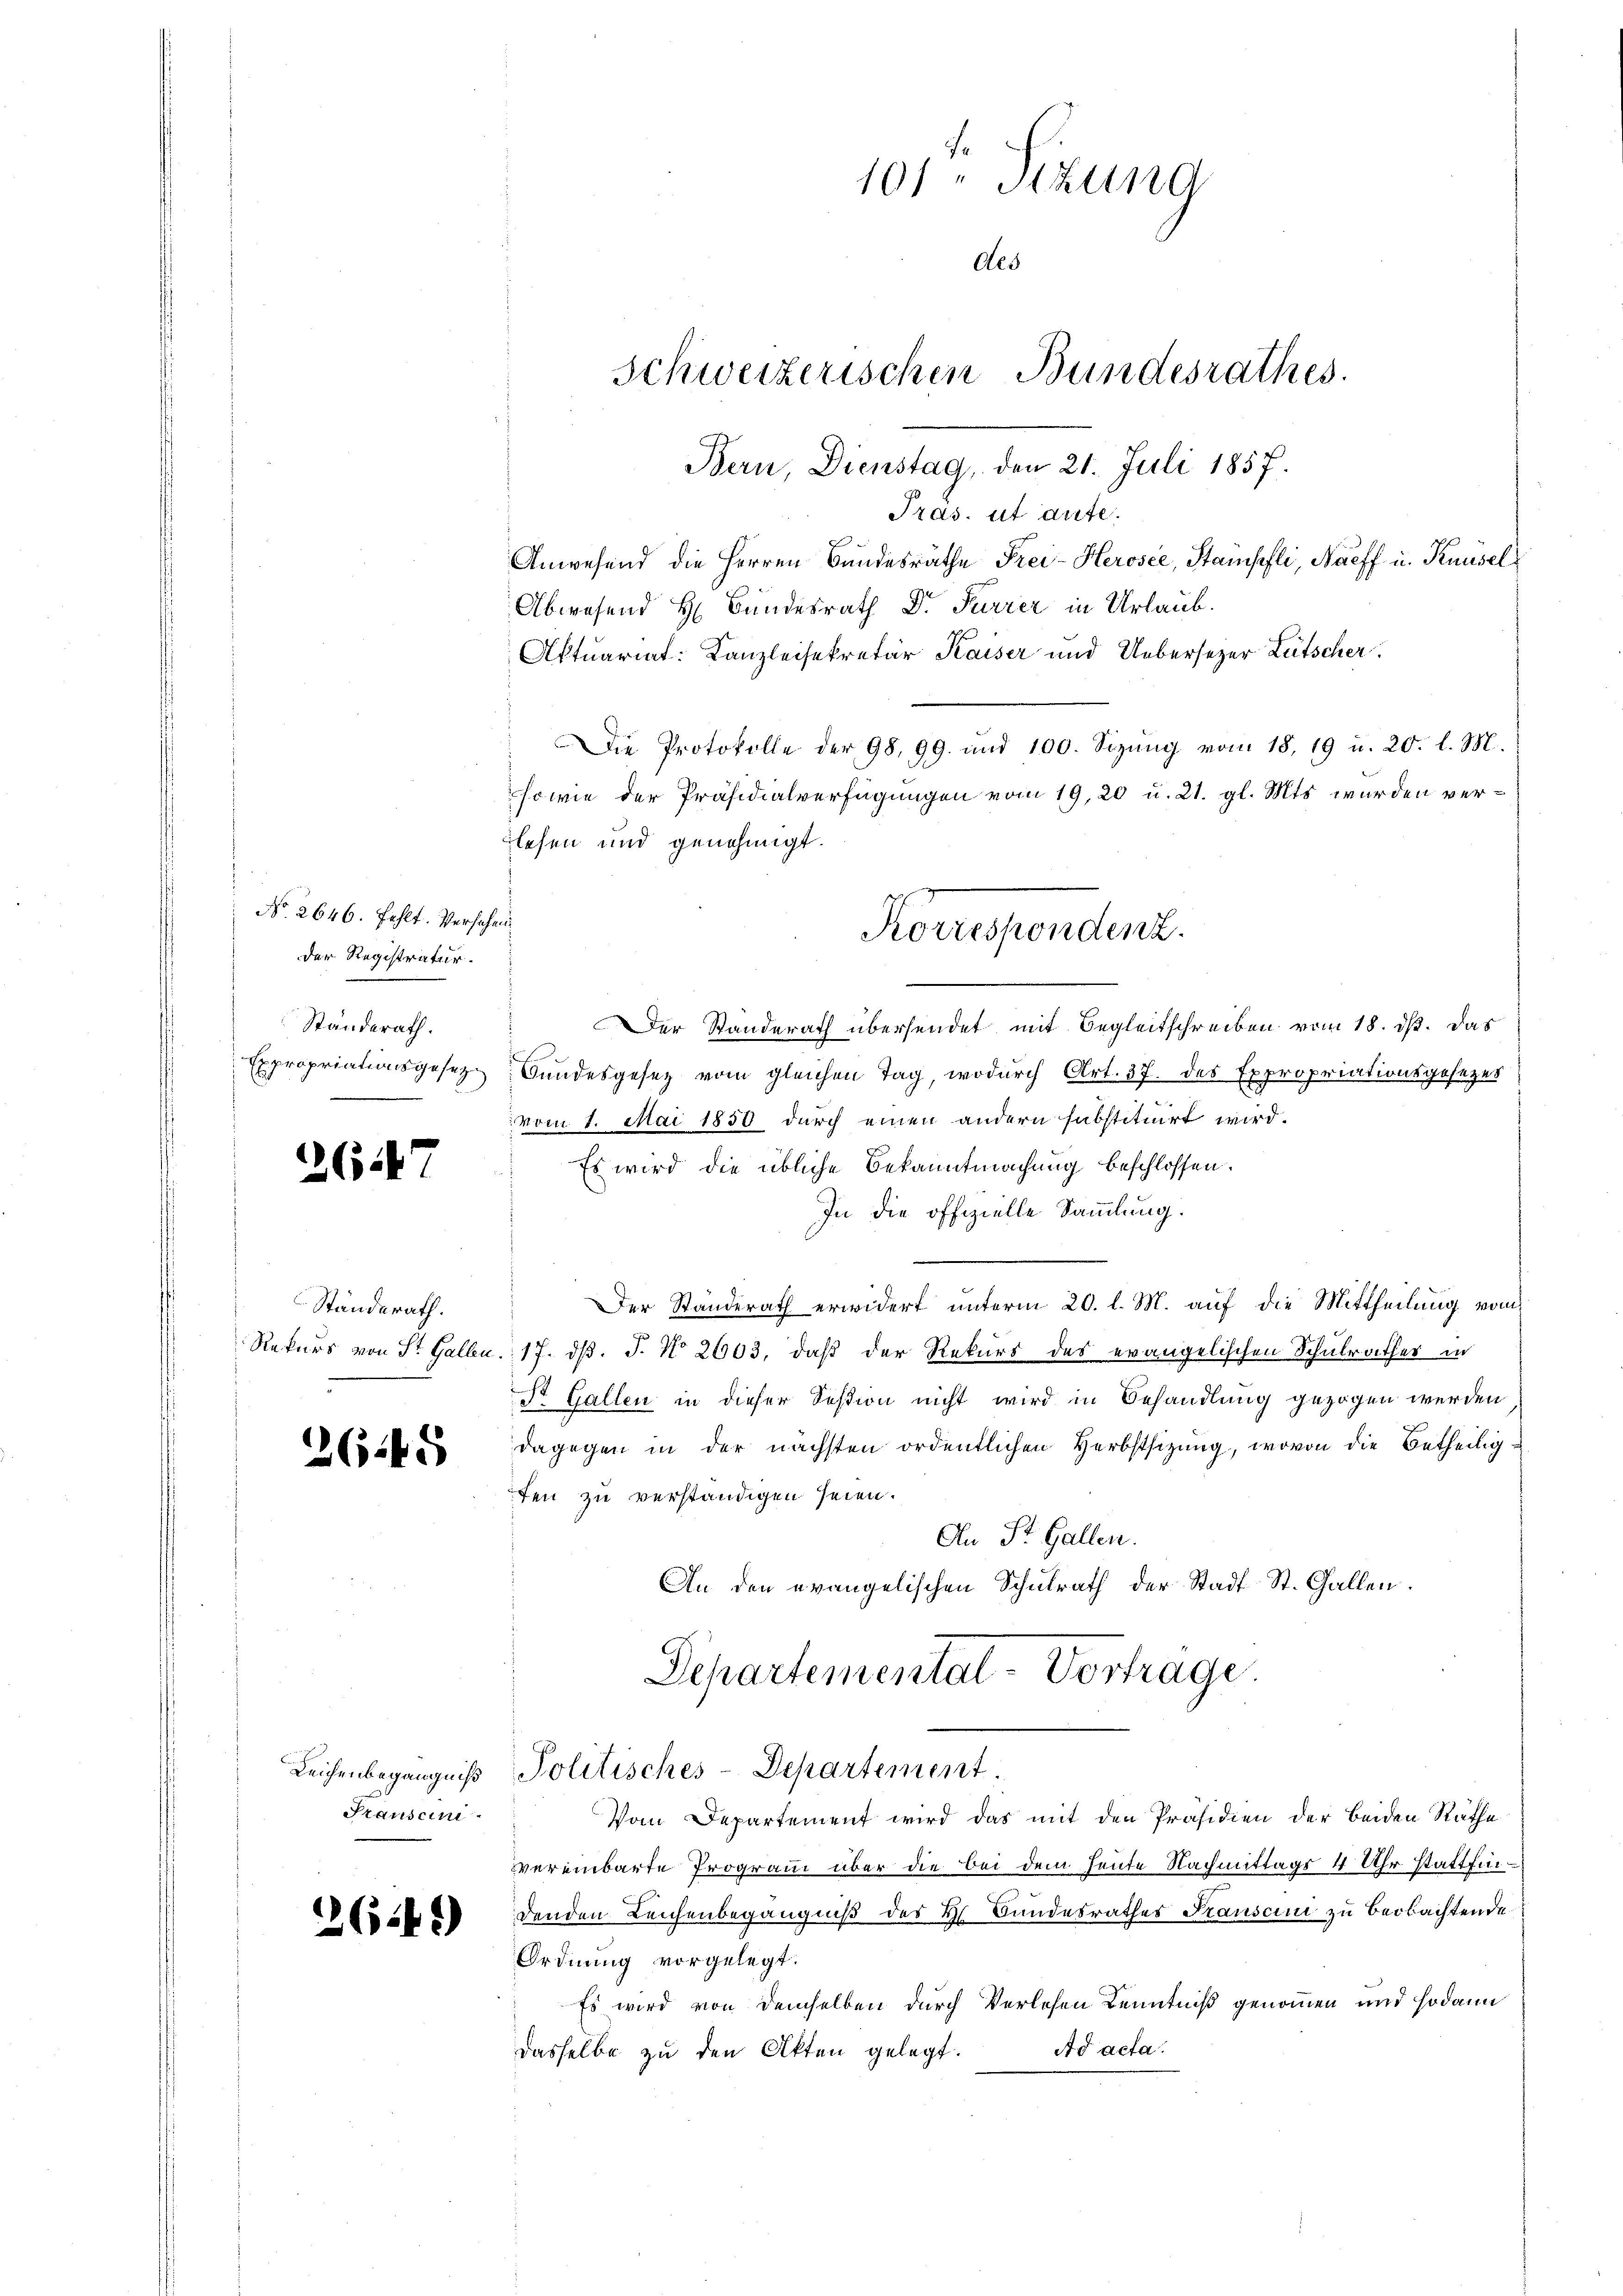
No. 2646. Fehlt. Versehen
der Registratur.
Standerath.

26.47

Standerath.

2645

Leichenbegängniß
Prauscini

2641)

Pras. ut aute.
Anwesend die Herren Bundesräthe Frei-Herosee, Stampfli, Naeff u. Knüsel
Abwesend H. Bundesrath Dr. Furrer in Urlaub.
Aktuariat: Kanzleisekretär Kaiser und Uebersezer Lütscher
blesen und genehmigt.
Der Standerath übersendet mit Begleitschreiben vom 18. ds. Das
Expropriationsgesez. Bundesgesetz vom gleichen Tag, wodurch Art. 37. des Expropriationsgesezes
vom 1. Mai 1850 durch einen andern substituirt wird.
Es wird die übliche Bekanntmachung beschlossen.
In die offizielle Sammlung.
Der Standerath erwidert unterm 20. l. M. auf die Mittheilung vom
Rekurs von St. Galbu. 17. dβ. J. No 2603, daß der Rekurs des evangelischen Schulrathes in
St. Gallen in dieser Session nicht wird in Behandlung gezogen werden
dagegen in der nächsten ordentlichen Herbstsizung, wovon die Betheiligten zu verständigen seien.
An St. Gallen.
An den evangelischen Schulrath der Stadt St. Gallen.
Departemental-Vortrage.
Politisches-Departement.
Vom Departement wird das mit den Präsidien der beiden Räthe
vereinbarte Programm über die bei dem heute Nachmittags 4 Uhr stattfindenden Leichenbegängniß des H. Bundesrathes Transcini zu beobachtende
Ordnung vorgelegt.
Es wird von demselben durch Verlesen Kenntniß genommen und sodann
Ad acta.
dasselbe zu den Akten gelegt.

101 Sizung
Aes
Schweizerischen Bundesrathes.
Bern, Dienstag, den 21. Juli 1857.

sowie der Präsidialverfügungen vom 19. 20 u. 21. gl. Mts wurden ver¬
Korrespondenz.

Die Protokolle der 98, 99. und 100. Sizung vom 18. 19 u. 20. l. M.